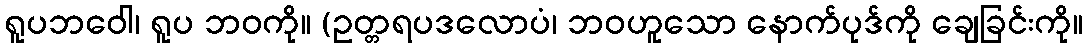
ရူပဘဝေါ၊ ရူပ ဘဝကို။ (ဥတ္တရပဒလောပံ၊ ဘဝဟူသော နောက်ပုဒ်ကို ချေခြင်းကို။